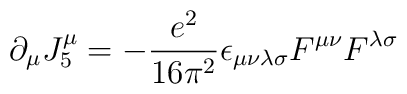
\partial_\mu J_5^\mu=-\frac{e^2}{16\pi^2}\epsilon_{\mu\nu\lambda\sigma}F^{\mu\nu}F^{\lambda\sigma}